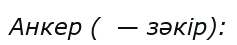
Анкер (  — зәкір):